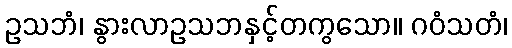
ဥသဘံ၊ နွားလာဥသဘနှင့်တကွသော။ ဂဝံသတံ၊